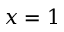
x = 1